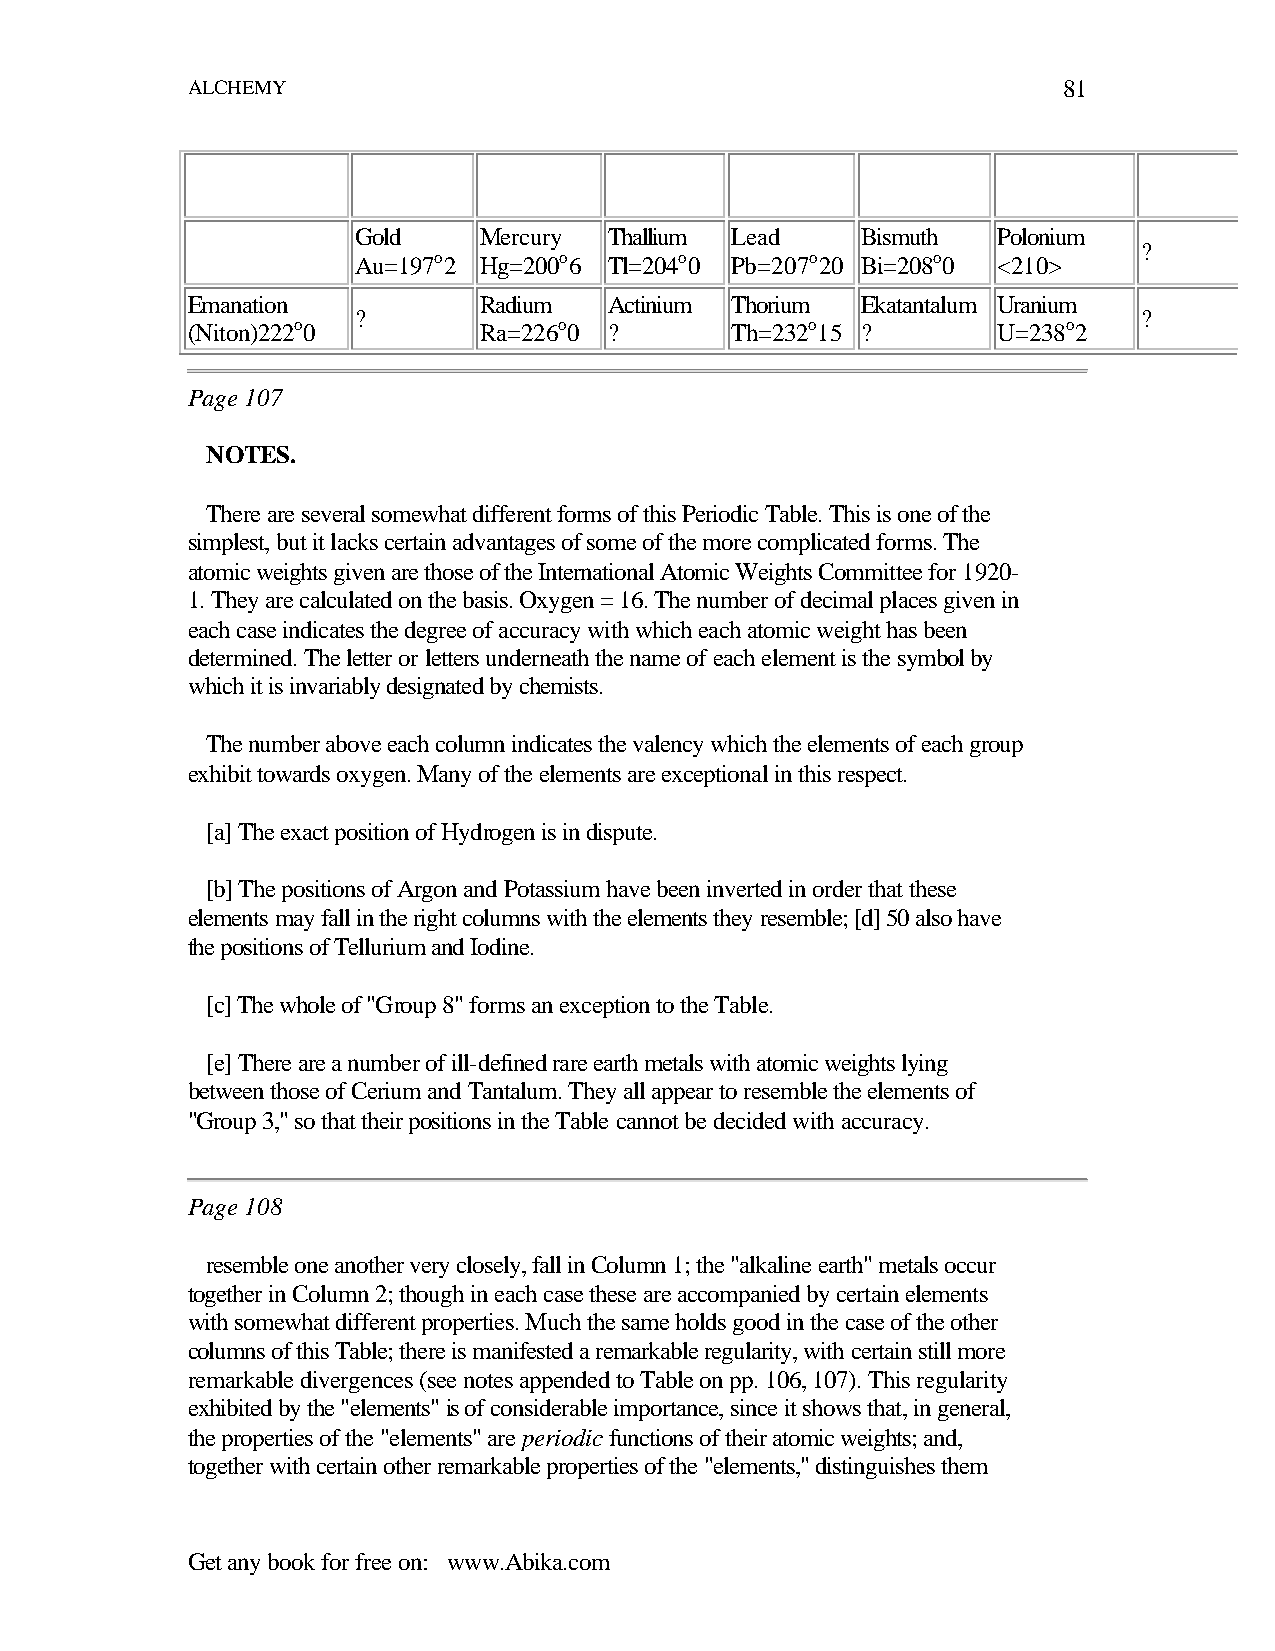
ALCHEMY                                                   81
 Gold     Mercury Thallium Lead    Bismuth  Polonium
 ?
 Au=197o2 Hg=200o6 Tl=204o0 Pb=207o20 Bi=208o0 <210>
 Emanation           Radium  Actinium Thorium Ekatantalum Uranium
 ?                                                    ?
 (Niton)222o0        Ra=226o0 ?      Th=232o15 ?       U=238o2
 Page 107
 NOTES.
 There are several somewhat different forms of this Periodic Table. This is one of the
 simplest, but it lacks certain advantages of some of the more complicated forms. The
 atomic weights given are those of the International Atomic Weights Committee for 1920-
 1. They are calculated on the basis. Oxygen = 16. The number of decimal places given in
 each case indicates the degree of accuracy with which each atomic weight has been
 determined. The letter or letters underneath the name of each element is the symbol by
 which it is invariably designated by chemists.
 The number above each column indicates the valency which the elements of each group
 exhibit towards oxygen. Many of the elements are exceptional in this respect.
 [a] The exact position of Hydrogen is in dispute.
 [b] The positions of Argon and Potassium have been inverted in order that these
 elements may fall in the right columns with the elements they resemble; [d] 50 also have
 the positions of Tellurium and Iodine.
 [c] The whole of "Group 8" forms an exception to the Table.
 [e] There are a number of ill-defined rare earth metals with atomic weights lying
 between those of Cerium and Tantalum. They all appear to resemble the elements of
 "Group 3," so that their positions in the Table cannot be decided with accuracy.
 Page 108
 resemble one another very closely, fall in Column 1; the "alkaline earth" metals occur
 together in Column 2; though in each case these are accompanied by certain elements
 with somewhat different properties. Much the same holds good in the case of the other
 columns of this Table; there is manifested a remarkable regularity, with certain still more
 remarkable divergences (see notes appended to Table on pp. 106, 107). This regularity
 exhibited by the "elements" is of considerable importance, since it shows that, in general,
 the properties of the "elements" are periodic functions of their atomic weights; and,
 together with certain other remarkable properties of the "elements," distinguishes them
 Get any book for free on: www.Abika.com